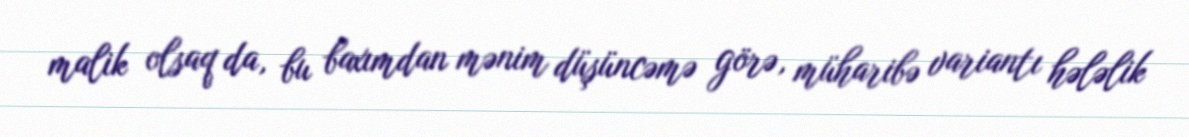
malik olsaq da, bu baxımdan mənim düşüncəmə görə, müharibə variantı hələlik